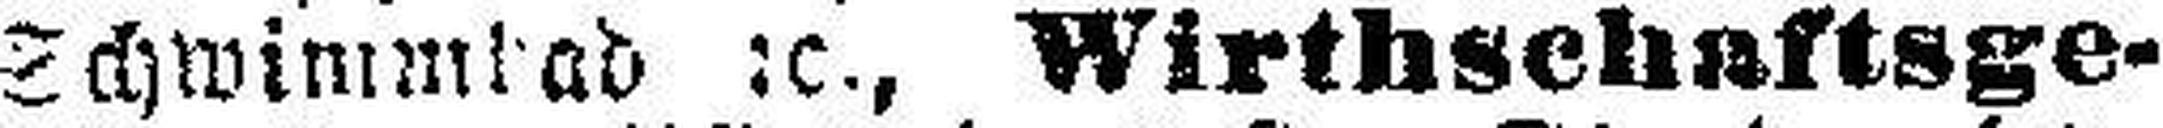
Schwimmbad 2c., Wirthschaftsge¬